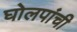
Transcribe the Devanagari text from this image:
घोलपांची